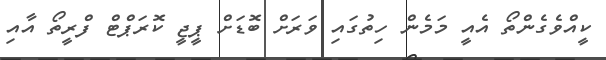
ކީއްވެގެންތޯ އެއީ މަމެން ހިތުގައި ވަރަށް ބޮޑަށް ޕީޖީ ކޮރަޕްޓް ފްރީތޯ އާއި